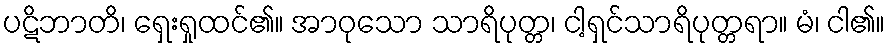
ပဋိဘာတိ၊ ရှေးရှုထင်၏။ အာဝုသော သာရိပုတ္တ၊ ငါ့ရှင်သာရိပုတ္တရာ။ မံ၊ ငါ၏။